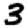
Digit: 3